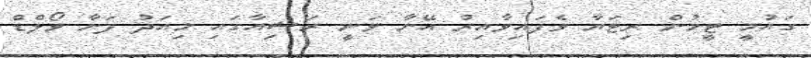
ގައުމީ ޓީމުން ރިޓަޔާ ވެފައިވާއިރު އޭނާ ވަނީ ރަޝިއާގައި މިއަދު ފަށާ ވޯލްޑް